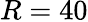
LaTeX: R=40